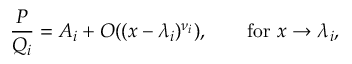
{ \frac { P } { Q _ { i } } } = A _ { i } + O ( ( x - \lambda _ { i } ) ^ { \nu _ { i } } ) , \qquad { \mathrm { f o r ~ } } x \to \lambda _ { i } ,